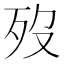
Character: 歿